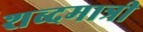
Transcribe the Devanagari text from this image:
शब्दमात्री